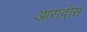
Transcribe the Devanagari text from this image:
आरादोस